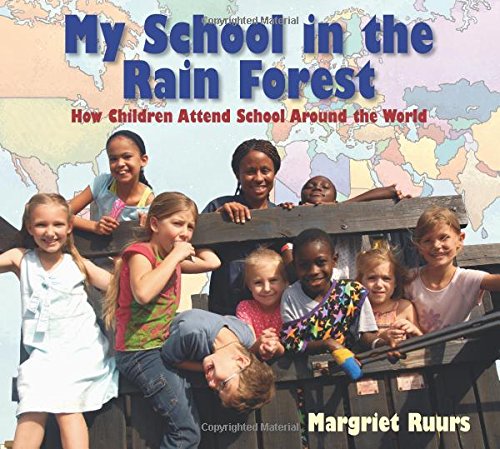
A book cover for My School in the Rain Forest: How Children Attend School Around the World; Margriet Ruurs; Science & Math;